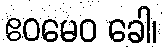
ဧဝမေဝ ခေါ၊